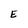
Character: E